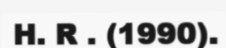
H. R . (1990).